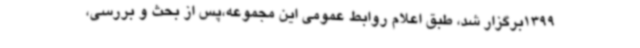
1399برگزار شد، طبق اعلام روابط عمومی این مجموعه،پس از بحث و بررسی،